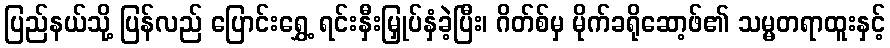
ပြည်နယ်သို့ ပြန်လည် ပြောင်းရွှေ့ ရင်းနှီးမြှုပ်နှံခဲ့ပြီး၊ ဂိတ်စ်မှ မိုက်ခရိုဆော့ဖ်၏ သမ္မတရာထူးနှင့်